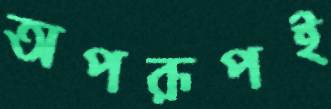
অপরূপই